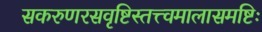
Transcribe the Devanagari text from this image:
सकरुणरसवृष्टिस्तत्त्वमालासमष्टिः